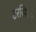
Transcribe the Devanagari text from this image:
टरसियन